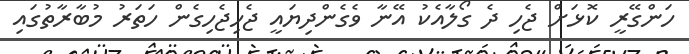
ހަންގޭރީ ކޮޅަށް ޖެހި ދެ ގޯލާއެކު އޭނާ ވެގެންދިޔައީ ޖެހިޖެހިގެން ހަތަރު މުބާރާތުގައި